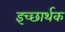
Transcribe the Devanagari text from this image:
इच्छार्थक